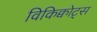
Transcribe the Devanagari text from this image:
विकिक्वोट्स